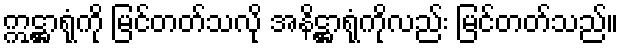
ဣဋ္ဌာရုံကို မြင်တတ်သလို အနိဋ္ဌာရုံကိုလည်း မြင်တတ်သည်။